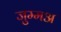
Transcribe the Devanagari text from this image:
जुम्मअ